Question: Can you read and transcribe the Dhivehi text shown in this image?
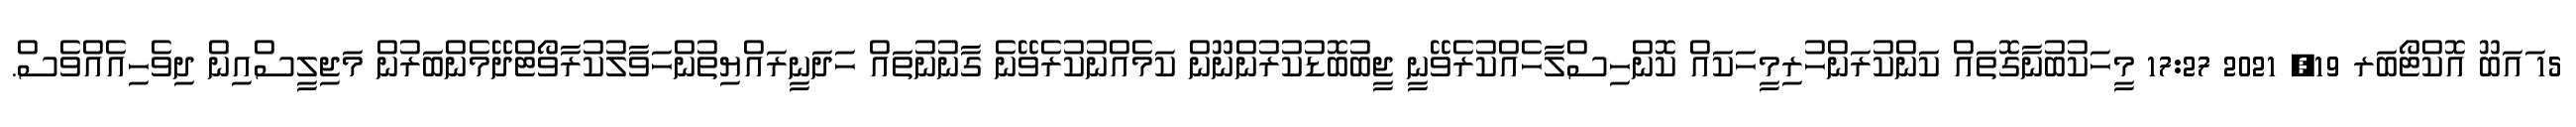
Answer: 15 ައަބޫ އޮކްޓޯބަރ 19, 2021 17:27 މީހަކުބުނާގޮތައް ކަންކުރަންހުރިމީހަކައް ކޮންހިސްލާހެއްކުރެވޭނީ ޖީބުބޮޑުކުރުންނޫން ކަމެއްނުކުރެވޭނެ ގާނުނުތައް ހަދަނީރައްޔިތުންހަވާލުކުރާވޯޓްދޭމެންބަރުން މަޖިލީސްއިން ދިވެހިއެއްވެސް.